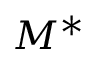
M ^ { * }